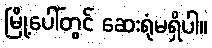
မြို့ပေါ်တွင် ဆေးရုံမရှိပါ။